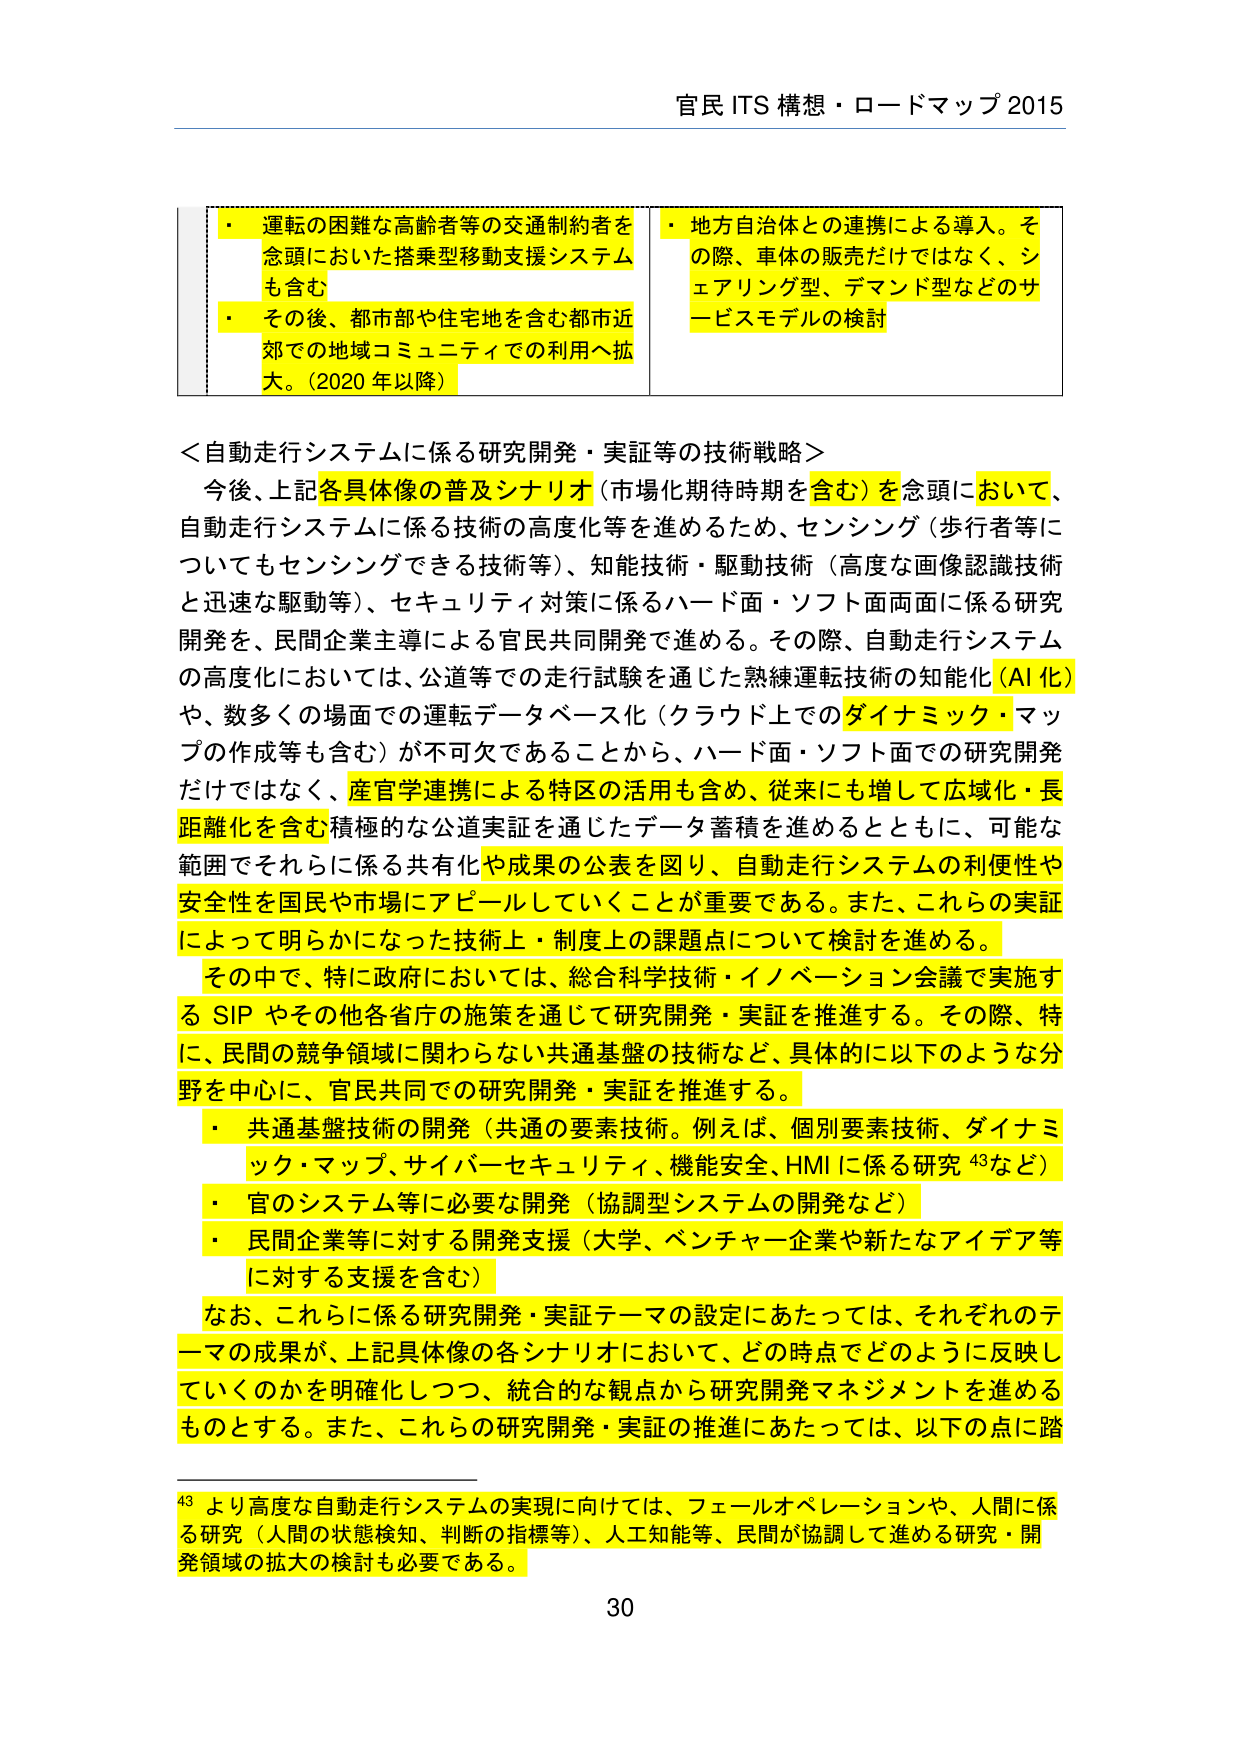
官民 ITS 構想・ロードマップ 2015

・運転の困難な高齢者等の交通制約者を念頭においた搭乗型移動支援システムも含む
・その後、都市部や住宅地を含む都市近郊での地域コミュニティでの利用へ拡大。（2020 年以降）
・地方自治体との連携による導入。その際、車体の販売だけではなく、シェアリング型、デマンド型などのサービスモデルの検討

＜自動走行システムに係る研究開発・実証等の技術戦略＞
今後、上記各具体像の普及シナリオ（市場化期待時期を含む）を念頭において、自動走行システムに係る技術の高度化等を進めるため、センシング（歩行者等についてもセンシングできる技術等）、知能技術・駆動技術（高度な画像認識技術と迅速な駆動等）、セキュリティ対策に係るハード面・ソフト面両面に係る研究開発を、民間企業主導による官民共同開発で進める。その際、自動走行システムの高度化においては、公道等での走行試験を通じた熟練運転技術の知能化（AI 化）や、数多くの場面での運転データベース化（クラウド上でのダイナミック・マップの作成等も含む）が不可欠であることから、ハード面・ソフト面での研究開発だけではなく、産官学連携による特区の活用も含め、従来にも増して広域化・長距離化を含む積極的な公道実証を通じたデータ蓄積を進めるとともに、可能な範囲でそれらに係る共有化や成果の公表を図り、自動走行システムの利便性や安全性を国民や市場にアピールしていくことが重要である。また、これらの実証によって明らかになった技術上・制度上の課題点について検討を進める。

その中で、特に政府においては、総合科学技術・イノベーション会議で実施する SIP やその他各省庁の施策を通じて研究開発・実証を推進する。その際、特に、民間の競争領域に関わらない共通基盤の技術など、具体的に以下のような分野を中心に、官民共同での研究開発・実証を推進する。
・共通基盤技術の開発（共通の要素技術。例えば、個別要素技術、ダイナミック・マップ、サイバーセキュリティ、機能安全、HMI に係る研究 43など）
・官のシステム等に必要な開発（協調型システムの開発など）
・民間企業等に対する開発支援（大学、ベンチャー企業や新たなアイデア等に対する支援を含む）

なお、これらに係る研究開発・実証テーマの設定にあたっては、それぞれのテーマの成果が、上記具体像の各シナリオにおいて、どの時点でどのように反映していくのかを明確化しつつ、統合的な観点から研究開発マネジメントを進めるものとする。また、これらの研究開発・実証の推進にあたっては、以下の点に踏

43 より高度な自動走行システムの実現に向けては、フェールオペレーションや、人間に係る研究（人間の状態検知、判断の指標等）、人工知能等、民間が協調して進める研究・開発領域の拡大の検討も必要である。

30